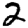
Digit: 2